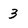
Character: 3